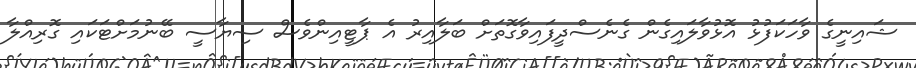
ޝައިނީގެ ވާހަކަފުޅު އޮޅުވާލައިގެން ގެނެސްދީފައިވާގޮތަށް ބަލާއިރު އެ ޕާޓީއިންވެސް ސިޔާސީ ބޭނުމަށްޓަކައި ގޮރިއްލާ